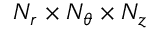
N _ { r } \times N _ { \theta } \times N _ { z }